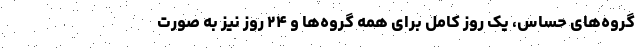
گروه‌های حساس، یک روز کامل برای همه گروه‌ها و ۲۴ روز نیز به صورت